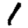
Digit: 1